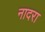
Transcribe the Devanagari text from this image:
नादरा